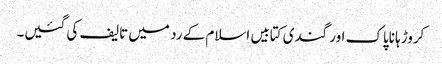
کروڑہا ناپاک اور گندی کتابیں اسلام کے رد میں تالیف کی گئیں۔